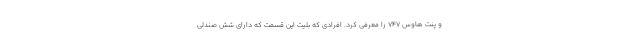
و پنت هاوس 747 را معرفی کرد. افرادی که بلیت این قسمت که دارای شش صندلی